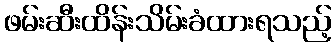
ဖမ်းဆီးထိန်းသိမ်းခံထားရသည့်